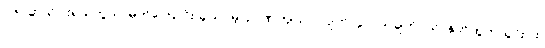
၁၆။ ဆယ်ပါးရယ်ဘွယ်၊ မှတ်ကြောင်းသွယ်ပိမ့်၊ ဉာဏ်ကျယ်ပါလျက်၊ ပွဲလယ်ချက်ဝယ်၊ နုတ်ထွက်ယွင်းပါး၊